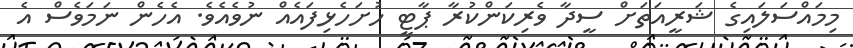
މިމައްސަލައިގެ ޝަރީއަތަށް ސީދާ ވެރިކަންކުރާ ޕާޓީ ހުށަހެޅިފައެއް ނުވެއެވެ. އެހެން ނަމަވެސް އެ